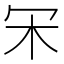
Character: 𣎾